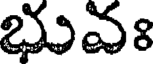
భువః